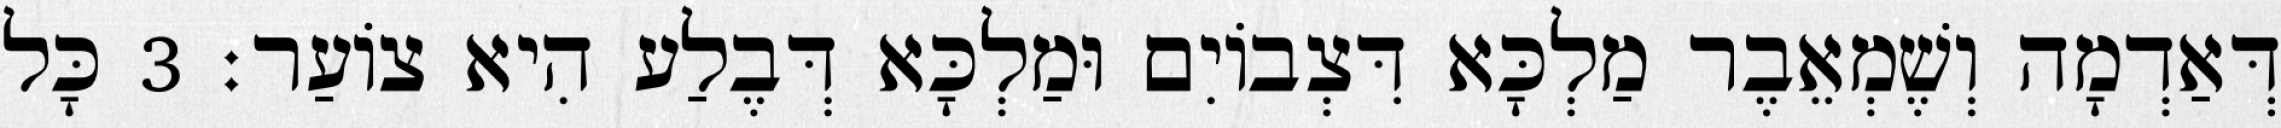
דְּאַדְמָה וְשֶׁמְאֵבֶר מַלְכָּא דִּצְבוֹיִם וּמַלְכָּא דְּבֶלַע הִיא צוֹעַר׃ 3 כָּל